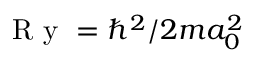
\mathrm { ~ R ~ y ~ } = \hbar ^ { 2 } / 2 m a _ { 0 } ^ { 2 }